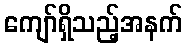
ကျော်ရှိသည့်အနက်